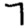
Digit: 7